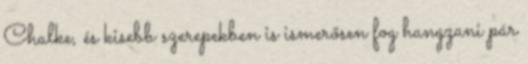
Chalke, és kisebb szerepekben is ismerősen fog hangzani pár